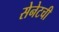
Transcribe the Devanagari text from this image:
सेनेटची